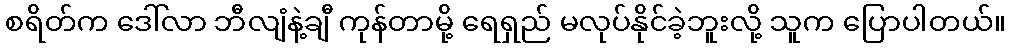
စရိတ်က ဒေါ်လာ ဘီလျံနဲ့ချီ ကုန်တာမို့ ရေရှည် မလုပ်နိုင်ခဲ့ဘူးလို့ သူက ပြောပါတယ်။